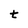
Character: t